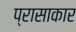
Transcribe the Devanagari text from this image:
प्रासाकार